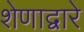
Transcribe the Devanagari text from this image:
शेणाद्वारे